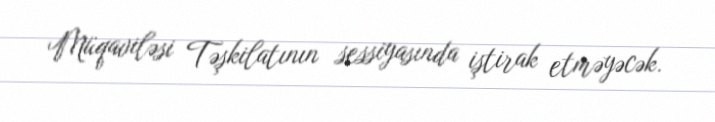
Müqaviləsi Təşkilatının sessiyasında iştirak etməyəcək.